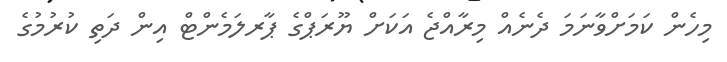
މިހެން ކަމަށްވާނަމަ ދެނެއް މިރާއްޖެ އަކަށް ޔޫރަޕްގެ ޕާރލަމެންޓް އިން ދަތި ކުރުމުގެ